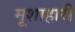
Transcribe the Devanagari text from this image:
मूशाहारी